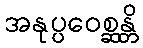
အနုပ္ပဝေစ္ဆန္တိ